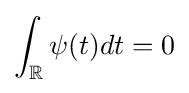
\int _{\mathbb {R} }\psi (t)dt=0